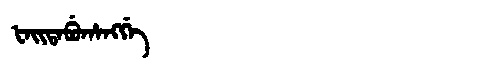
Manchu: ᡶᠠᡳᡨᠠᠪᡠᡥᠠᠩᡤᡝ
Romanization: FAITABUHANGGE